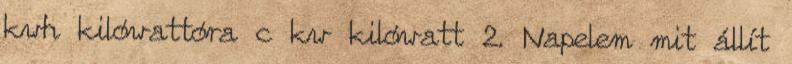
kwh kilówattóra c kw kilówatt 2. Napelem mit állít